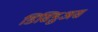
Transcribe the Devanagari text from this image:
डिसिडुअस